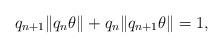
LaTeX: \begin{align*}q_{n+1}\|q_{n}\theta\|+q_n\|q_{n+1}\theta\|=1,\end{align*}